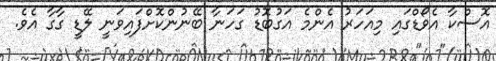
އޮސްކާ އެވޯޑްގައި މިއަހަރު އެންމެ އަގުބޮޑު ގަހަނާ ބޭނުންކޮށްފައިވަނީ ލޭޑީ ގާގާ އެވެ.